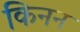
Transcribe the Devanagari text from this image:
किनन